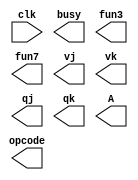
module station(
		input wire clk,	
		output reg busy,
		output reg[6:0] opcode,
		output reg[2:0] fun3,
		output reg[6:0] fun7,
		output reg[31:0] vj,
		output reg[31:0] vk,
		output reg[4:0] qj,
		output reg[4:0] qk,
		output reg[31:0] A
	);


	
endmodule